Civil Veterinary Dept. Bombay admin report 1893-99 - 1893-1899
Year: 1893
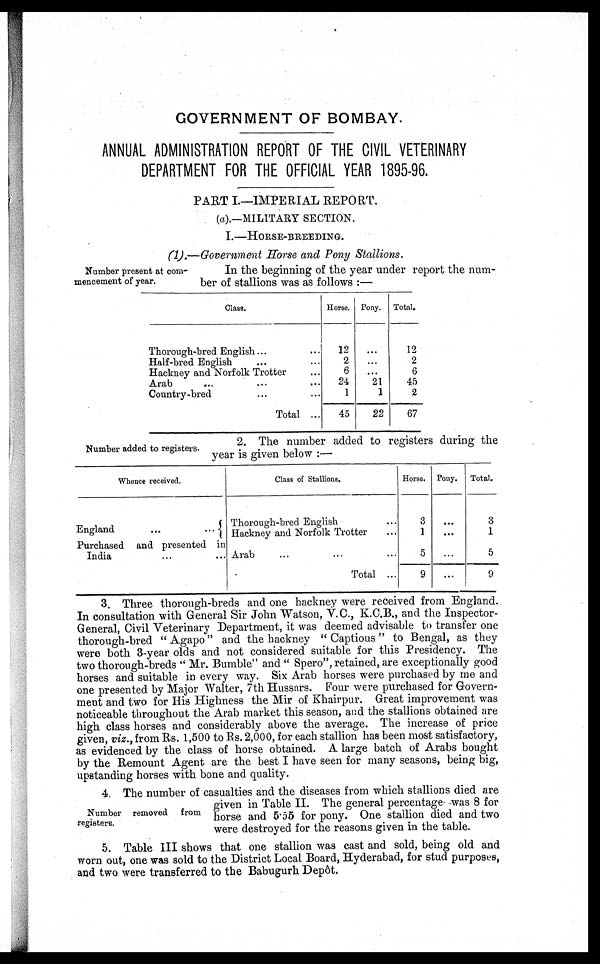
GOVERNMENT OF BOMBAY.
ANNUAL ADMINISTRATION REPORT OF THE CIVIL VETERINARY
DEPARTMENT FOR THE OFFICIAL YEAR 1895-96.
PART I.—IMPERIAL REPORT.
(a).—MILITARY SECTION.
I.—HORSE-BREEDING.
(1).—Government Horse and Pony Stallions.
Number present at com-
mencement of year.
In the beginning of the year under report the num-
ber of stallions was as follows :—
Class.
Thorough-bred English ... …
Half-bred English … …
Hackney and Norfolk Trotter …
Arab … … …
Country-bred … …
Total ...
Horse.
12
2
6
24
1
45
Pony.
…
...
...
21
1
22
Total.
12
2
6
45
2
67
Number added to registers.
2. The number added to registers during the
year is given below :—
Whence received.
England
... …
Purchased and presented in
India … …
Class of Stallions.
Thorough-bred English …
Hackney and Norfolk Trotter …
Arab … … …
Total ...
Horse.
3
1
5
9
Pony.
…
...
…
...
Total.
3
1
5
9
3. Three thorough-breds and one hackney were received from England.
In consultation with General Sir John Watson, V.C., K.C.B., and the Inspector-
General, Civil Veterinary Department, it was deemed advisable to transfer one
thorough-bred "Agapo" and the hackney " Captious " to Bengal, as they
were both 3-year olds and not considered suitable for this Presidency. The
two thorough-breds " Mr. Bumble " and " Spero ", retained, are exceptionally good
horses and suitable in every way. Six Arab horses were purchased by me and
one presented by Major Walter, 7th Hussars. Four were purchased for Govern-
ment and two for His Highness the Mir of Khairpur. Great improvement was
noticeable throughout the Arab market this season, and the stallions obtained are
high class horses and considerably above the average. The increase of price
given, viz., from Rs. 1,500 to Rs. 2,000, for each stallion has been most satisfactory,
as evidenced by the class of horse obtained. A large batch of Arabs bought
by the Remount Agent are the best I have seen for many seasons, being big,
upstanding horses with bone and quality.
Number removed
from
registers.
4. The number of casualties and the diseases from which stallions died are
given in Table II. The general percentage was 8 for
horse and 5.55 for pony. One stallion died and two
were destroyed for the reasons given in the table.
5. Table III shows that one stallion was cast and sold, being old and
worn out, one was sold to the District Local Board, Hyderabad, for stud purposes,
and two were transferred to the Babugurh Depôt.